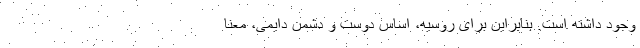
وجود داشته است. بنابراین برای روسیه، اساس دوست و دشمن دایمی، معنا